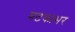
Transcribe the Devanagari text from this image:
घटकाभर